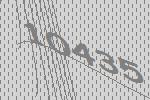
10435